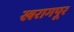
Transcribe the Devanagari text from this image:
खरागपूर